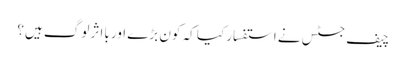
چیف جسٹس نے استفسار کیا کہ کون بڑے اور بااثر لوگ ہیں؟